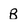
Character: B